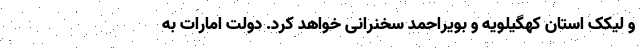
و لیکک استان کهگیلویه و بویراحمد سخنرانی خواهد کرد. دولت امارات به